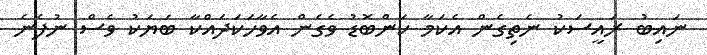
ނައިބު ރައީސަކު ނެތިގެން އެކަމާ ކަންބޮޑު ވެގެން އެވާހަކަދައްކާ ބަޔަކު ވެސް ނުފެނެ